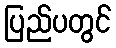
ပြည်ပတွင်